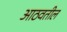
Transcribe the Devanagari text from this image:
आठवतील